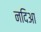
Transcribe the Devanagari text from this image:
नदिआ